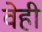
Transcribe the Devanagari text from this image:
वेही